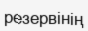
резервінің